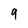
Character: 9